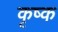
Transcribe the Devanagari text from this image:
कृष्क